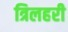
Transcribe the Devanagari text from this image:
त्रिलहरी